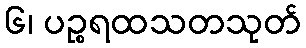
၆၊ ပဉ္စရထသတသုတ်